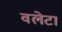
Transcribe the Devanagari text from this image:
वलेटा